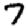
Digit: 7